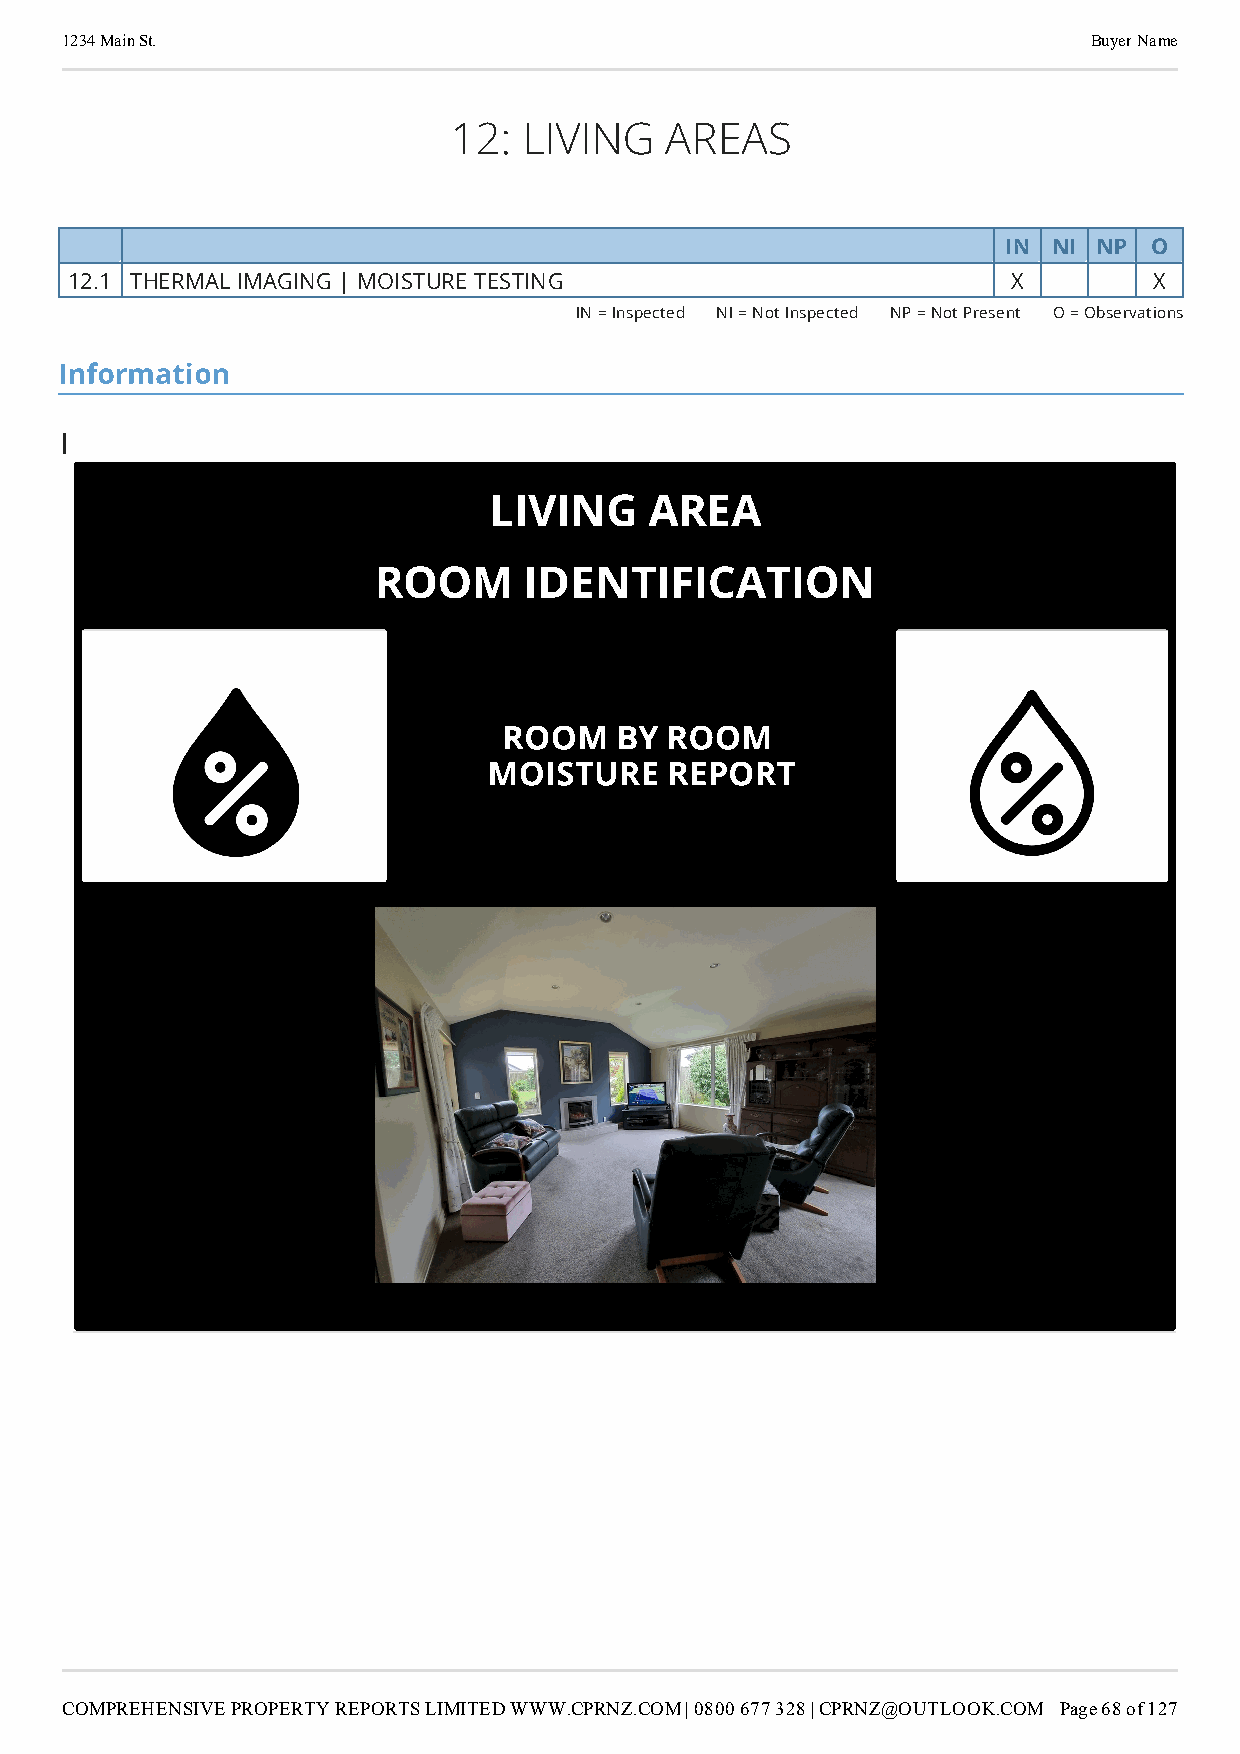
1234 Main St.                                                       Buyer Name
 12:  LIVING   AREAS
 section-MzU0OGQ5ODktNGYwYS00OGI0LWEwYjAtZTViMjUxNWQxYzkx
 IN  NI NP O
 12.1 THERMAL IMAGING | MOISTURE TESTING                        X        X
 IN = Inspected NI = Not Inspected NP = Not Present O = Observations
 Information
 |
 LIVING     AREA
 ROOM      IDENTIFICATION
 ROOM    BY ROOM
 MOISTURE    REPORT
 COMPREHENSIVE PROPERTY REPORTS LIMITED WWW.CPRNZ.COM | 0800 677 328 | CPRNZ@OUTLOOK.COM Page 68 of 127